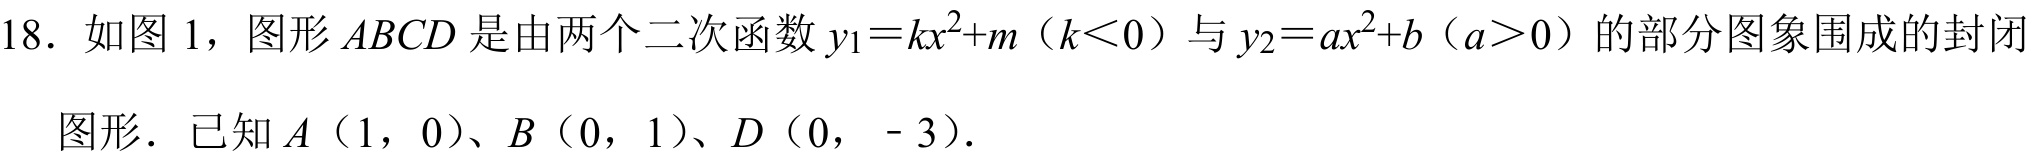
18. 如图 1，图形\(ABCD\)是由两个二次函数\(y_{1}=kx^{2}+m\)（\(k<0\)）与\(y_{2}=ax^{2}+b\)（\(a > 0\)）的部分图象围成的封闭图形．已知\(A(1,0)\)、\(B(0,1)\)、\(D(0,-3)\)．